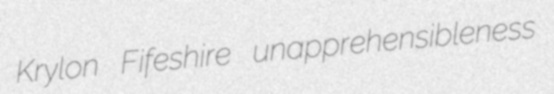
Krylon Fifeshire unapprehensibleness